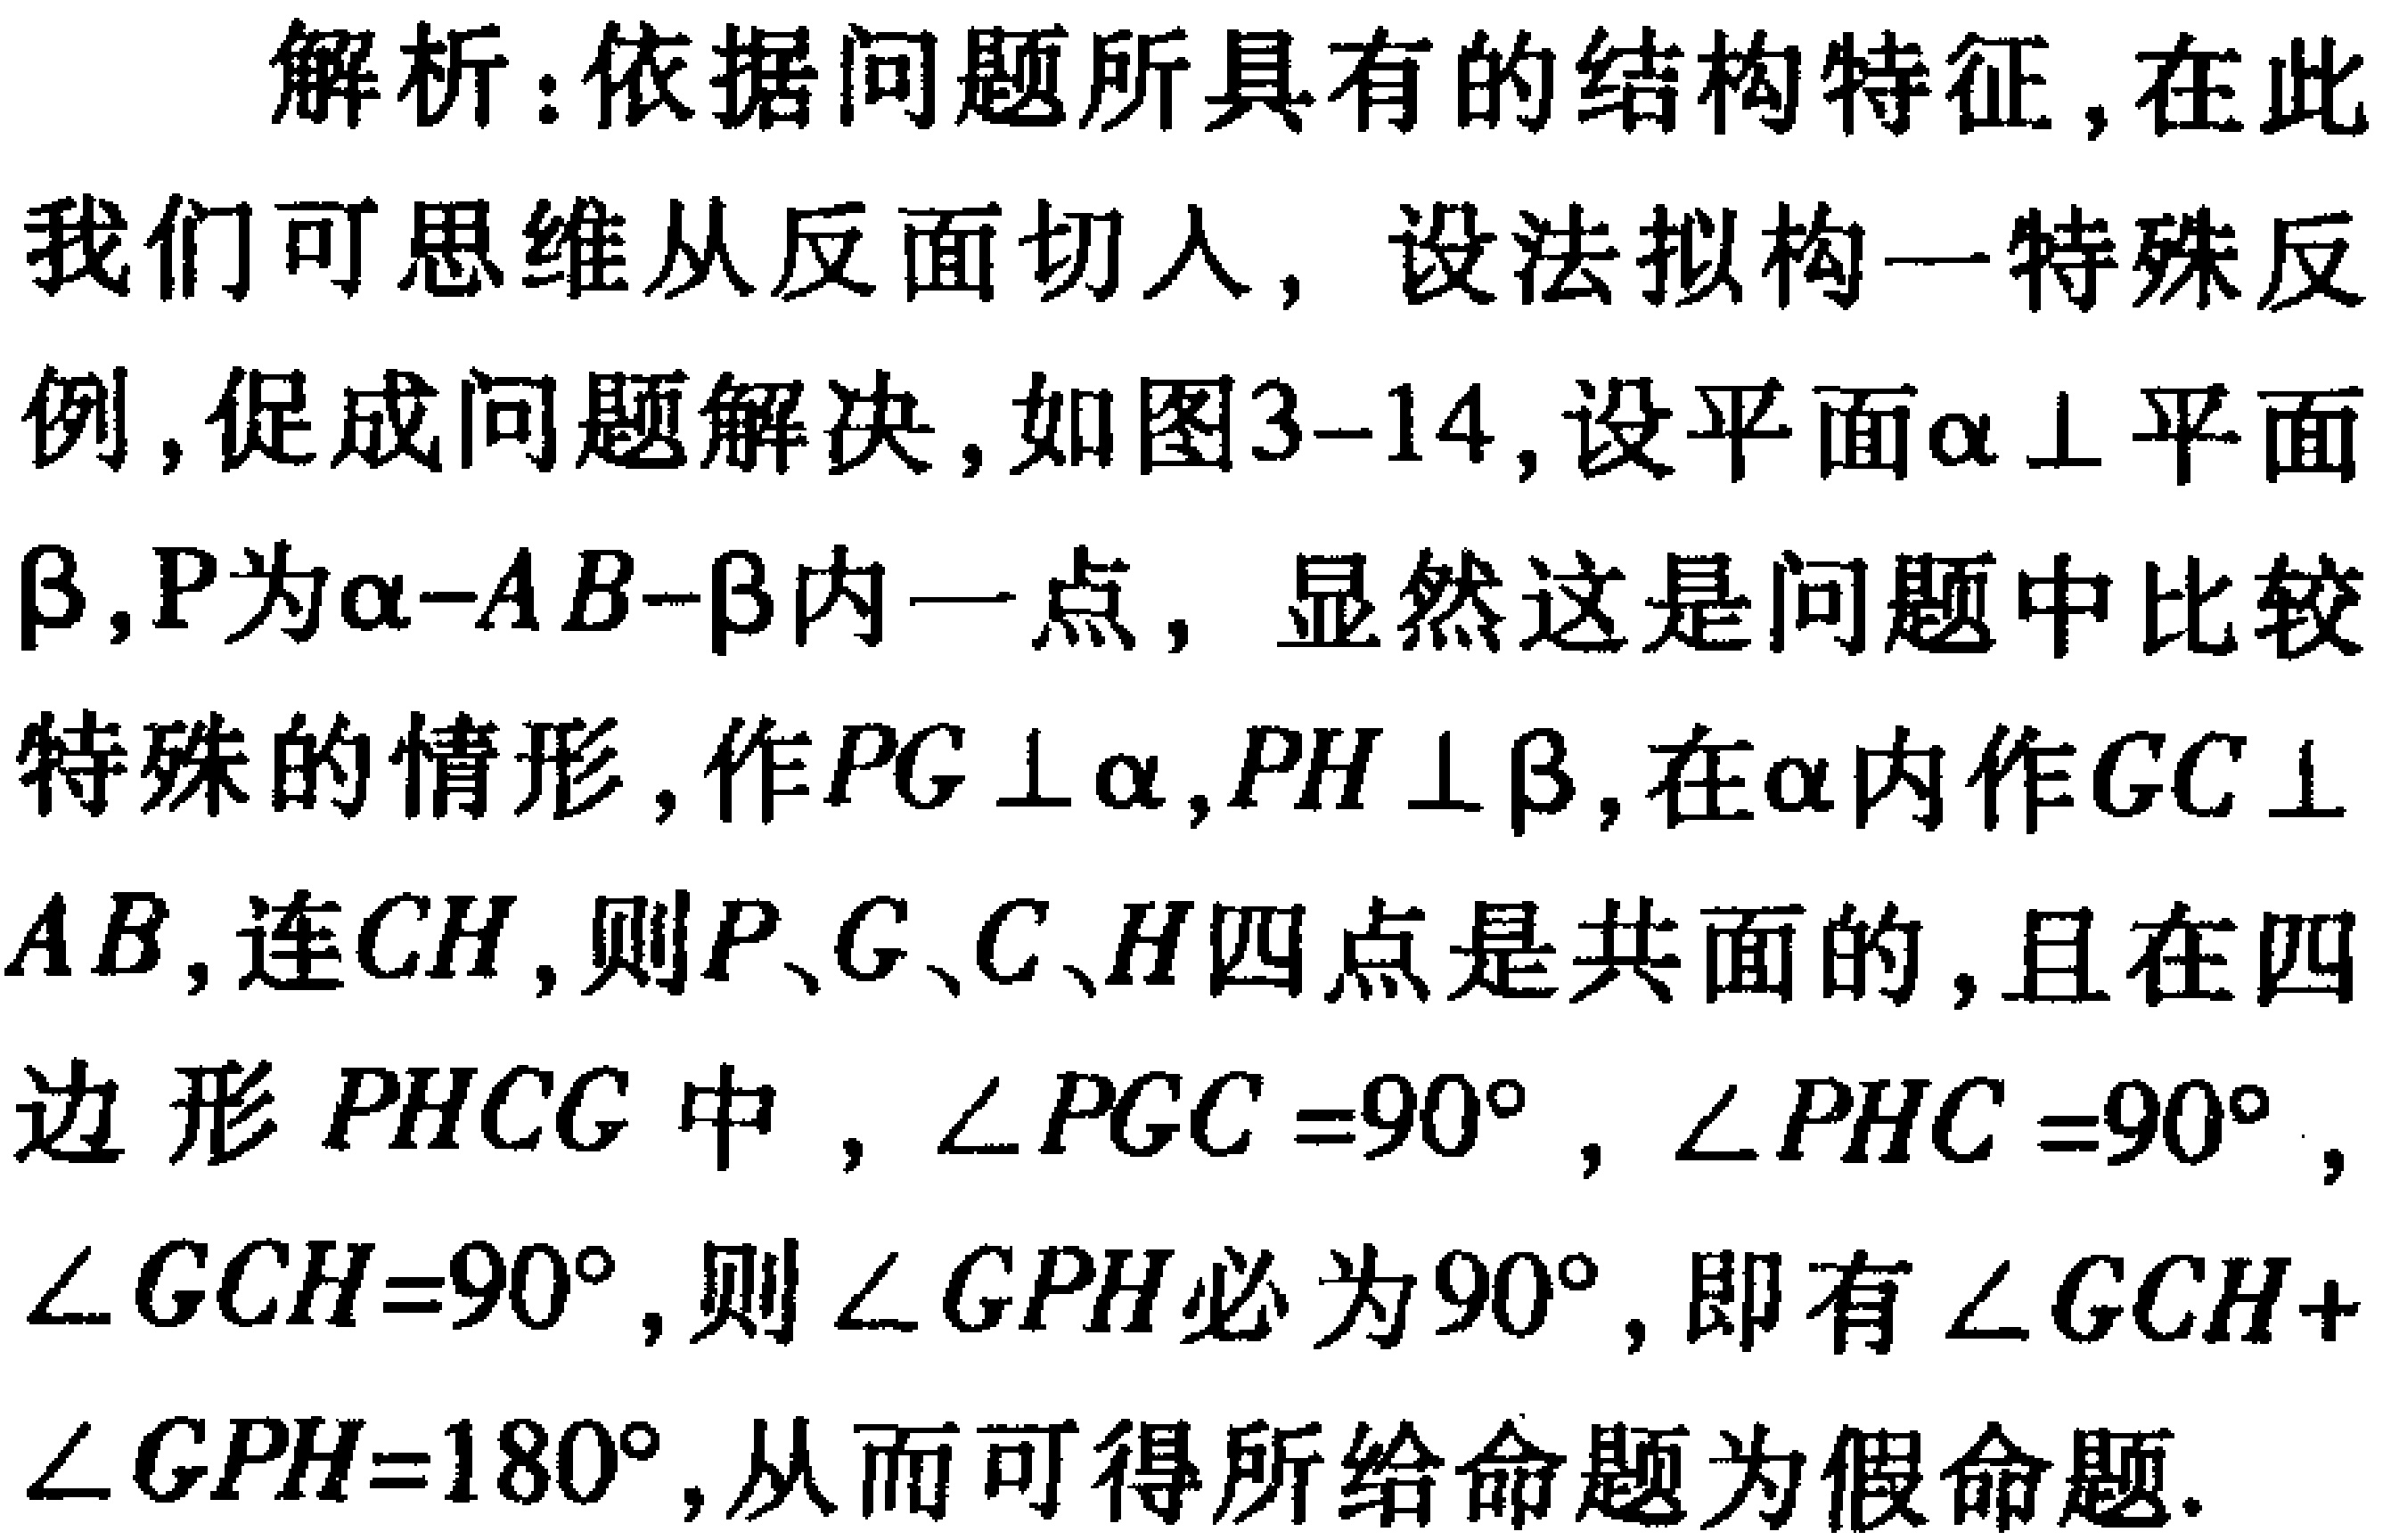
解析：依据问题所具有的结构特征,在此我们可思维从反面切人,设法拟构一特殊反例,促成问题解决,如图3-14,设平面\(\alpha \perp\)平面\(\beta\),\(P\)为\(\alpha - AB - \beta\)内一点, 显然这是问题中比较特殊的情形,作\(PG\perp\alpha\),\(PH\perp\beta\),在\(\alpha\)内作\(GC\perp AB\),连\(CH\),则\(P\)、\(G\)、\(C\)、\(H\)四点是共面的,且在四边形\(PHCG\)中,\(\angle PGC = 90^{\circ}\),\(\angle PHC = 90^{\circ}\),\(\angle GCH = 90^{\circ}\),则\(\angle GPH\)必为\(90^{\circ}\),即有\(\angle GCH+\angle GPH = 180^{\circ}\),从而可得所给命题为假命题.